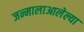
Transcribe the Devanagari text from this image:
जन्मालाआलेल्या